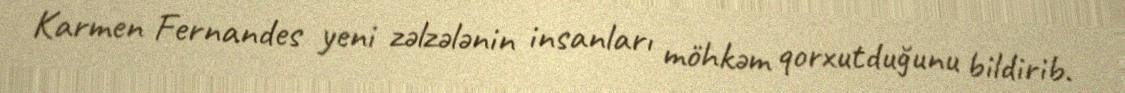
Karmen Fernandes yeni zəlzələnin insanları möhkəm qorxutduğunu bildirib.